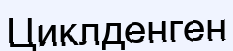
Циклденген